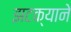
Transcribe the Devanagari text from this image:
झटक्‍याने